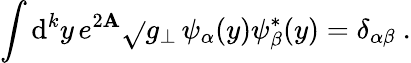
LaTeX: \int\mathrm{d}^{k}y\, e^{2\mathbf{A}}\sqrt{}{{g_{\perp}}}\, \psi_{\alpha}(y)\psi_{\beta}^{*}(y)=\delta_{\alpha\beta}\ .